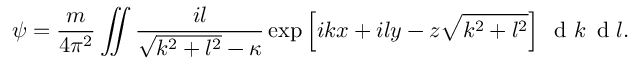
\psi = \frac { m } { 4 \pi ^ { 2 } } \iint \frac { i l } { \sqrt { k ^ { 2 } + l ^ { 2 } } - \kappa } \exp \left[ i k x + i l y - z \sqrt { k ^ { 2 } + l ^ { 2 } } \right] \, \textrm { d } k \, \textrm { d } l .